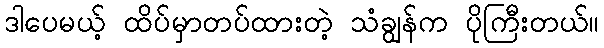
ဒါပေမယ့် ထိပ်မှာတပ်ထားတဲ့ သံချွန်က ပိုကြီးတယ်။